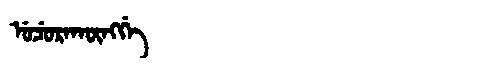
Manchu: ᡠᠴᡠᡵᠠᡴᡡᠩᡤᡝ
Romanization: UCURAKŪNGGE